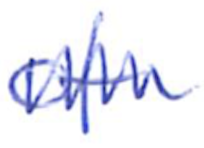
Text: of
Cross-out: mix
Writing tool: ballpoint